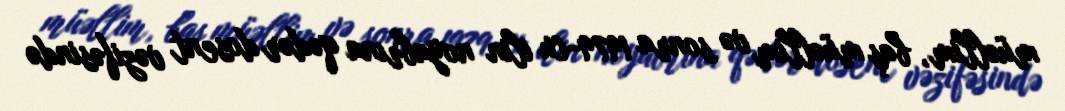
müəllim, baş müəllim və sonra 1979-cu ilin noyabrına qədər dosent vəzifəsində